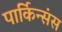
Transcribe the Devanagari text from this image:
पार्किन्संस